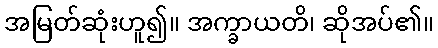
အမြတ်ဆုံးဟူ၍။ အက္ခာယတိ၊ ဆိုအပ်၏။